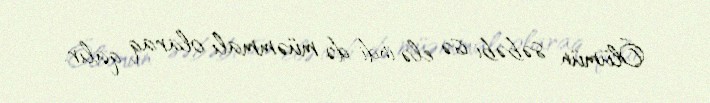
Ölümün səbəbi isə elə indi də müəmmalı olaraq qalır.